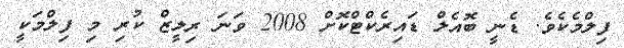
ފިލްމެކެވެ. ޑެނީ ބޮއެލް ޑައިރެކްޓްކޮށް 2008 ވަނަ ރިލީޒް ކުުރި މި ފިލްމަކީ